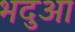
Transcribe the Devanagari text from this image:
भदुआ